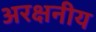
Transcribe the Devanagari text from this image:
अरक्षनीय